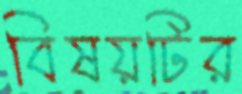
বিষয়টির